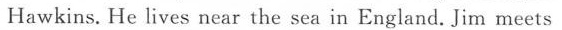
Hawkins. He lives near the sea in England.Jim meets